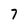
Character: 7